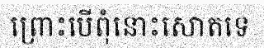
ព្រោះបើពុំនោះសោតទេ